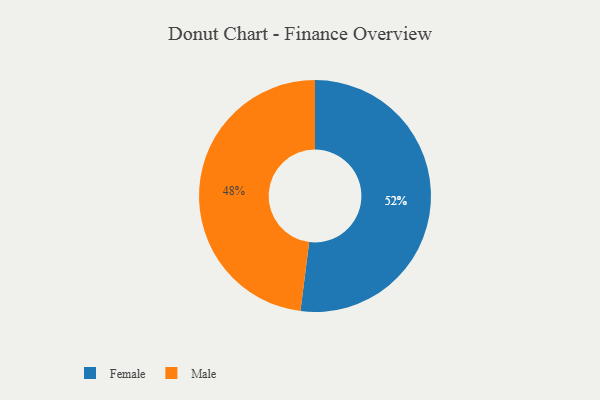
{"axis": {"x": "Category", "y": "Percentage"}, "legend": ["Female", "Male"], "data": [{"x": "Female", "y": 52, "type": "Female"}, {"x": "Male", "y": 48, "type": "Male"}]}